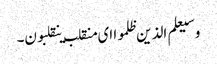
وسیعلم الذین ظلموا ای منقلب ینقلبون۔